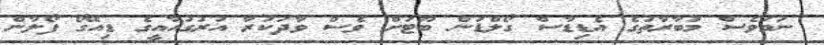
ނަމަވެސް މުބާރާތުގެ އެޑިޑާސް ގޯލްޑަން ބޫޓަށް ވެސް ވާދަކުރާ އުރުގުއާއީގެ ޑިއޭގޯ ފޯލާން